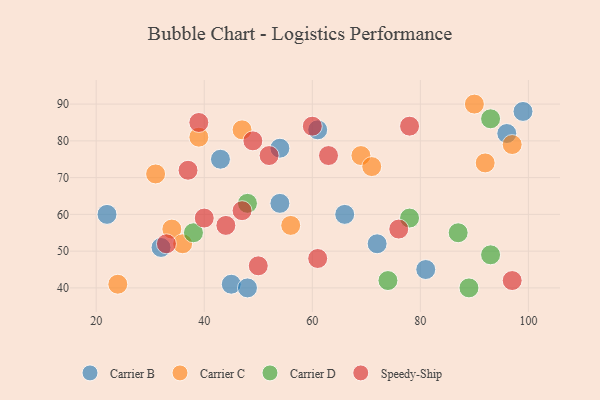
{"axis": {"x": "GDP", "y": "Life Expectancy"}, "legend": ["Carrier B", "Carrier C", "Carrier D", "Speedy-Ship"], "data": [{"x": "66", "y": 60, "type": "Carrier B"}, {"x": "54", "y": 63, "type": "Carrier B"}, {"x": "32", "y": 51, "type": "Carrier B"}, {"x": "72", "y": 52, "type": "Carrier B"}, {"x": "54", "y": 78, "type": "Carrier B"}, {"x": "22", "y": 60, "type": "Carrier B"}, {"x": "45", "y": 41, "type": "Carrier B"}, {"x": "99", "y": 88, "type": "Carrier B"}, {"x": "96", "y": 82, "type": "Carrier B"}, {"x": "81", "y": 45, "type": "Carrier B"}, {"x": "48", "y": 40, "type": "Carrier B"}, {"x": "43", "y": 75, "type": "Carrier B"}, {"x": "61", "y": 83, "type": "Carrier B"}, {"x": "56", "y": 57, "type": "Carrier C"}, {"x": "24", "y": 41, "type": "Carrier C"}, {"x": "31", "y": 71, "type": "Carrier C"}, {"x": "97", "y": 79, "type": "Carrier C"}, {"x": "39", "y": 81, "type": "Carrier C"}, {"x": "34", "y": 56, "type": "Carrier C"}, {"x": "69", "y": 76, "type": "Carrier C"}, {"x": "47", "y": 83, "type": "Carrier C"}, {"x": "36", "y": 52, "type": "Carrier C"}, {"x": "92", "y": 74, "type": "Carrier C"}, {"x": "71", "y": 73, "type": "Carrier C"}, {"x": "90", "y": 90, "type": "Carrier C"}, {"x": "74", "y": 42, "type": "Carrier D"}, {"x": "93", "y": 49, "type": "Carrier D"}, {"x": "38", "y": 55, "type": "Carrier D"}, {"x": "78", "y": 59, "type": "Carrier D"}, {"x": "93", "y": 86, "type": "Carrier D"}, {"x": "87", "y": 55, "type": "Carrier D"}, {"x": "89", "y": 40, "type": "Carrier D"}, {"x": "48", "y": 63, "type": "Carrier D"}, {"x": "60", "y": 84, "type": "Speedy-Ship"}, {"x": "40", "y": 59, "type": "Speedy-Ship"}, {"x": "63", "y": 76, "type": "Speedy-Ship"}, {"x": "37", "y": 72, "type": "Speedy-Ship"}, {"x": "76", "y": 56, "type": "Speedy-Ship"}, {"x": "33", "y": 52, "type": "Speedy-Ship"}, {"x": "47", "y": 61, "type": "Speedy-Ship"}, {"x": "50", "y": 46, "type": "Speedy-Ship"}, {"x": "97", "y": 42, "type": "Speedy-Ship"}, {"x": "44", "y": 57, "type": "Speedy-Ship"}, {"x": "61", "y": 48, "type": "Speedy-Ship"}, {"x": "78", "y": 84, "type": "Speedy-Ship"}, {"x": "39", "y": 85, "type": "Speedy-Ship"}, {"x": "49", "y": 80, "type": "Speedy-Ship"}, {"x": "52", "y": 76, "type": "Speedy-Ship"}]}